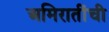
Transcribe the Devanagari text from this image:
अमिरातींची